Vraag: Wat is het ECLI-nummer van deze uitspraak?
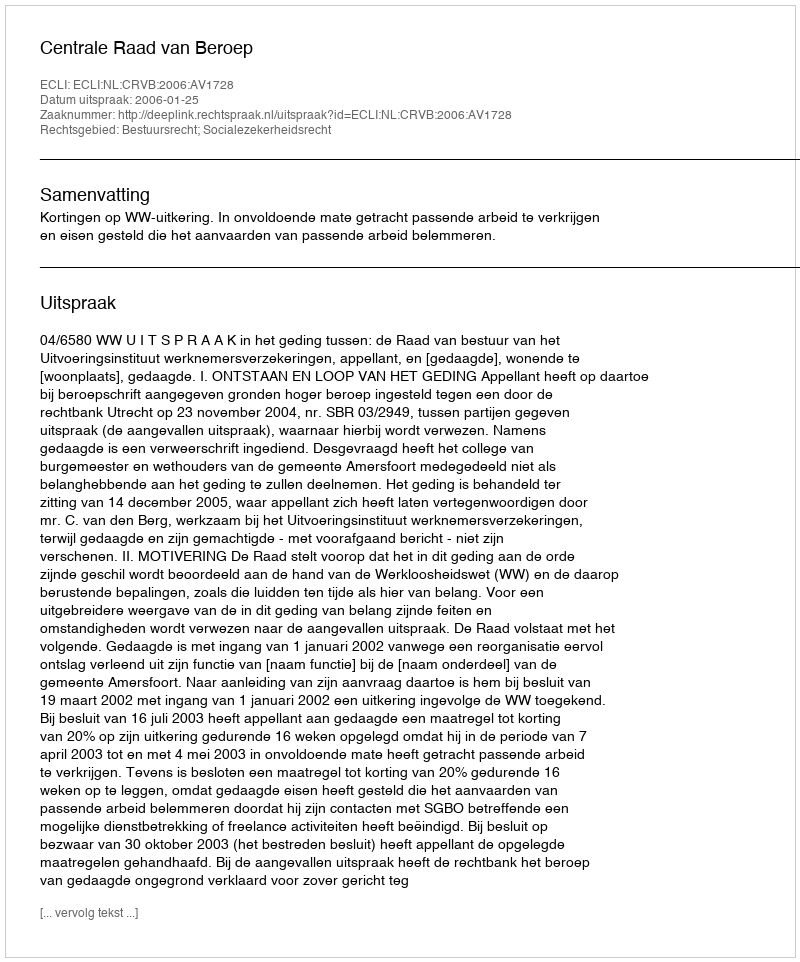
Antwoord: ECLI:NL:CRVB:2006:AV1728